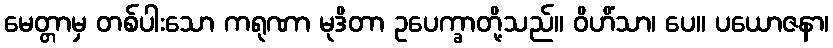
မေတ္တာမှ တစ်ပါးသော ကရုဏာ မုဒိတာ ဥပေက္ခာတို့သည်။ ဝိဟိံသာ၊ ပေ။ ပယောဇနာ၊